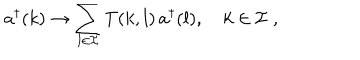
a ^ { \dagger } ( k ) \to \sum _ { l \in { \cal I } } T ( k , l ) \, a ^ { \dagger } ( l ) , \quad k \in { \cal I } \; ,